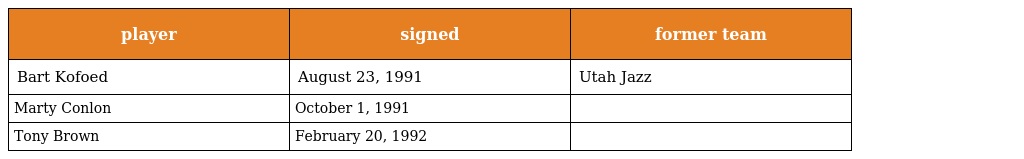
| player | signed | former team |
 | --- | --- | --- |
 | Bart Kofoed | August 23, 1991 | Utah Jazz |
 | Marty Conlon | October 1, 1991 |  |
 | Tony Brown | February 20, 1992 |  |